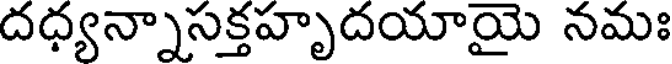
దధ్యన్నాసక్తహృదయాయై నమః